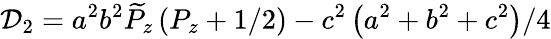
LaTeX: \mathcal{D}_{2}=a^{2}b^{2}\widetilde{P}_{z}\left(P_{z}+1/2\right)-c^{2}\left(a^{2}+b^{2}+c^{2}\right)/4